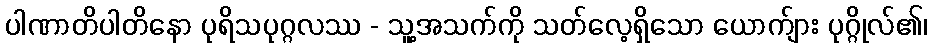
ပါဏာတိပါတိနော ပုရိသပုဂ္ဂလဿ - သူ့အသက်ကို သတ်လေ့ရှိသော ယောက်ျား ပုဂ္ဂိုလ်၏၊